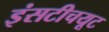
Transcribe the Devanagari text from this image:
इंसटीचयूट